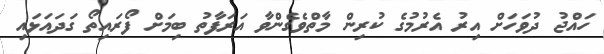
ހައްޖު ދުވަހަށް އިރު އެރުމުގެ ކުރިން މާތްވެގެންވާ އަރަފާތު ބިމަށް ފޯރައިތޯ ގަދައަޅައި